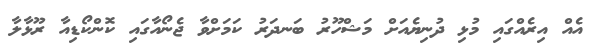
އެއް އިރެއްގައި މުޅި ދުނިޔެއަށް މަޝްހޫރު ބަނދަރު ކަމަށްވާ ޖެނޯއާގައި ކޮންކޯޑިއާ ރޫޅާލާ